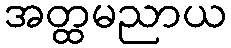
အတ္ထမညာယ